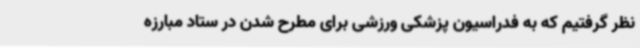
نظر گرفتیم که به فدراسیون پزشکی ورزشی برای مطرح شدن در ستاد مبارزه